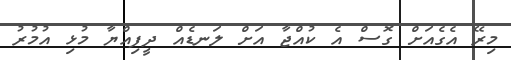
މިރޭ އެގެއަށް ގޮސް އެ ކުއްޖާ އަށް ލަނޑެއް ދީފިއްޔާ މުޅި އުމުރު